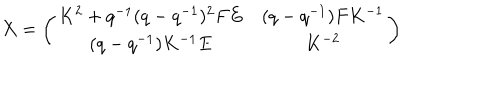
X = \left( \begin{array} { c c } { { K ^ { 2 } + q ^ { - 1 } ( q - q ^ { - 1 } ) ^ { 2 } F E } } & { { ( q - q ^ { - 1 } ) F K ^ { - 1 } } } \\ { { ( q - q ^ { - 1 } ) K ^ { - 1 } E } } & { { K ^ { - 2 } } } \\ \end{array} \right)